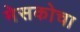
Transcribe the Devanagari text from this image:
मेसकोचा